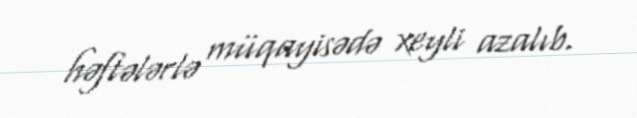
həftələrlə müqayisədə xeyli azalıb.